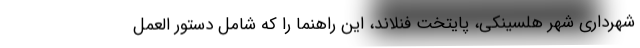
شهرداری شهر هلسینکی، پایتخت فنلاند، این راهنما را که شامل دستور العمل